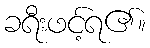
ခရီးဖင့်ရ၏။